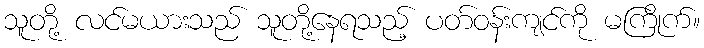
သူတို့ လင်မယားသည် သူတို့နေရသည့် ပတ်ဝန်းကျင်ကို မကြိုက်။